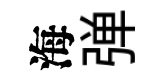
海弹